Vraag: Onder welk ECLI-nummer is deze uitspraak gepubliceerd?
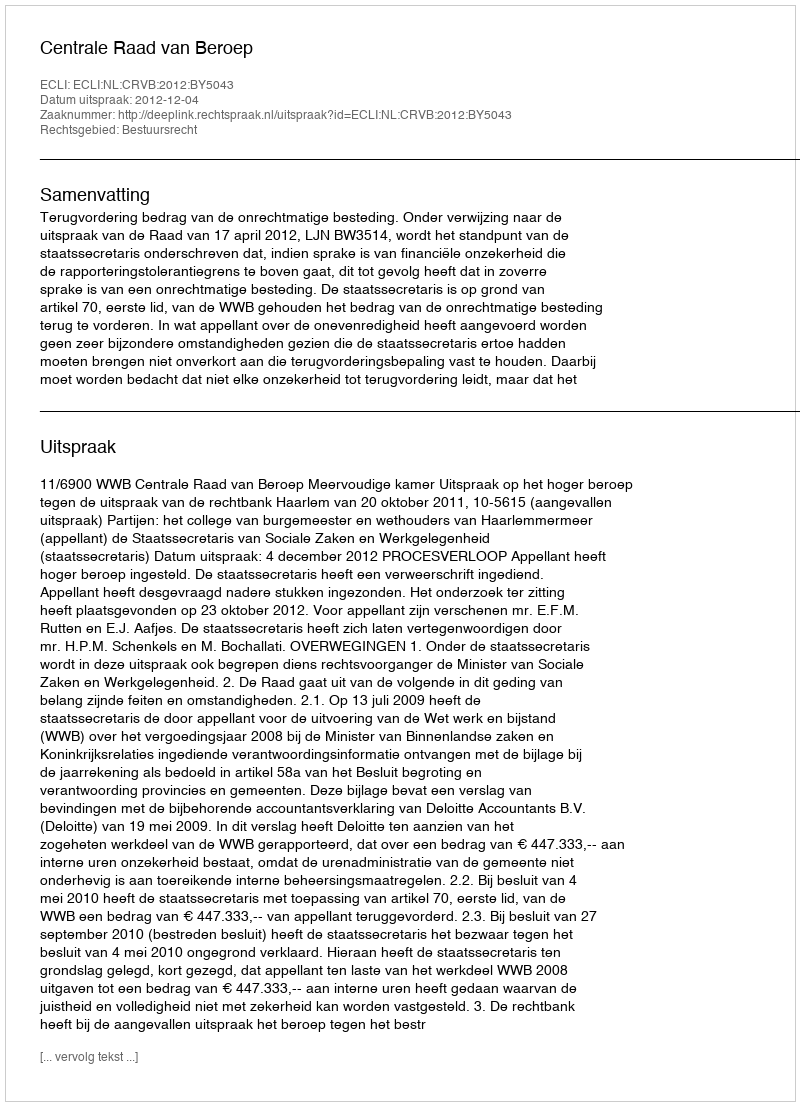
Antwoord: ECLI:NL:CRVB:2012:BY5043